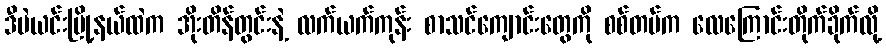
ဒီပဲယင်းမြို့နယ်ထဲက အိုးတိန်တွင်းနဲ့ လက်ယက်ကုန်း စာသင်ကျောင်းတွေကို စစ်တပ်က လေကြောင်းတိုက်ခိုက်လို့